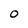
Character: 0